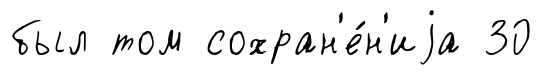
был том сохран'е́н'иjа 30